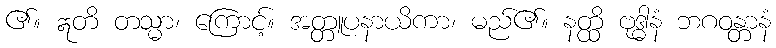
၏။ ဣတိ တသ္မာ၊ ကြောင့်။ အတ္တူပနာယိကာ၊ မည်၏။ နတ္ထိ ဗုဒ္ဓါနံ ဘဂဝန္တာနံ